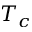
T _ { c }